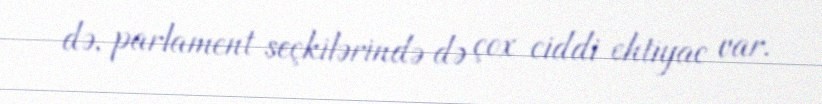
də, parlament seçkilərində də çox ciddi ehtiyac var.